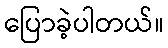
ပြောခဲ့ပါတယ်။